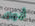
أبواك